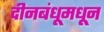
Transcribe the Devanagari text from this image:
दीनबंधूमधून